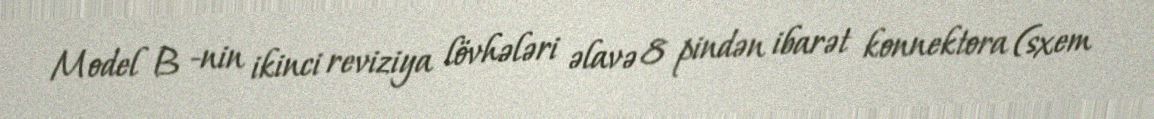
Model B -nin ikinci reviziya lövhələri əlavə 8 pindən ibarət konnektora (sxem